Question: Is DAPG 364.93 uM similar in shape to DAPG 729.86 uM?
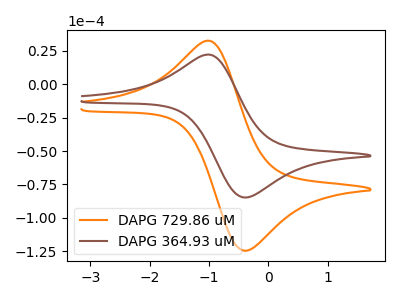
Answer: <think>The orange curve "DAPG 729.86 uM" has an anodic peak at (-1.00V, 32.30uA) and a cathodic peak at (-0.40V, -124.55uA). The brown curve "DAPG 364.93 uM" has an anodic peak at (-1.00V, 22.00uA) and a cathodic peak at (-0.40V, -84.75uA).
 All the peaks in "DAPG 364.93 uM" have a peak in "DAPG 729.86 uM" at the same potential. Every peak in "DAPG 364.93 uM" is lower than every peak in "DAPG 729.86 uM".</think>
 <answer>"DAPG 364.93 uM" and "DAPG 729.86 uM" are similar in shape.</answer>
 <eval>same_shape</eval>